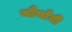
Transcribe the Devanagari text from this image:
मौर्यांनी